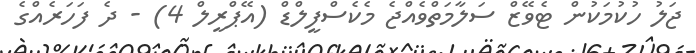
ޖަލު ހުކުމަކުން ޓެވޭޒް ސަލާމަތްވެއްޖެ މެކެސްފީލްޑް (އޭޕްރީލް 4) - ދެ ފަހަރެއްގެ